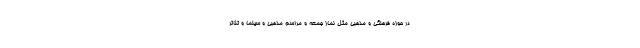
در حوزه فرهنگی و مذهبی مثل نماز جمعه و مراسم مذهبی و سینما و تئاتر